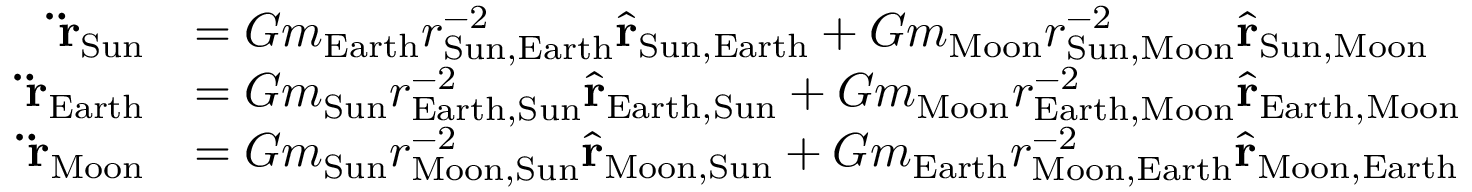
{ \begin{array} { r l } { \mathbf { \ddot { r } } _ { \mathrm { S u n } } } & { = G m _ { \mathrm { E a r t h } } r _ { { \mathrm { S u n } } , { \mathrm { E a r t h } } } ^ { - 2 } { \hat { \mathbf { r } } } _ { { \mathrm { S u n } } , { \mathrm { E a r t h } } } + G m _ { \mathrm { M o o n } } r _ { { \mathrm { S u n } } , { \mathrm { M o o n } } } ^ { - 2 } { \hat { \mathbf { r } } } _ { { \mathrm { S u n } } , { \mathrm { M o o n } } } } \\ { \mathbf { \ddot { r } } _ { \mathrm { E a r t h } } } & { = G m _ { \mathrm { S u n } } r _ { { \mathrm { E a r t h } } , { \mathrm { S u n } } } ^ { - 2 } { \hat { \mathbf { r } } } _ { { \mathrm { E a r t h } } , { \mathrm { S u n } } } + G m _ { \mathrm { M o o n } } r _ { { \mathrm { E a r t h } } , { \mathrm { M o o n } } } ^ { - 2 } { \hat { \mathbf { r } } } _ { { \mathrm { E a r t h } } , { \mathrm { M o o n } } } } \\ { \mathbf { \ddot { r } } _ { \mathrm { M o o n } } } & { = G m _ { \mathrm { S u n } } r _ { { \mathrm { M o o n } } , { \mathrm { S u n } } } ^ { - 2 } { \hat { \mathbf { r } } } _ { { \mathrm { M o o n } } , { \mathrm { S u n } } } + G m _ { \mathrm { E a r t h } } r _ { { \mathrm { M o o n } } , { \mathrm { E a r t h } } } ^ { - 2 } { \hat { \mathbf { r } } } _ { { \mathrm { M o o n } } , { \mathrm { E a r t h } } } } \end{array} }